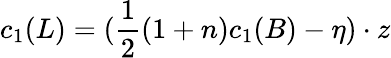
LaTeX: c_{1}(L)=(\frac{1}{2}(1+n)c_{1}(B)-\eta)\cdot z